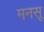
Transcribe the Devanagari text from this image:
मनसू